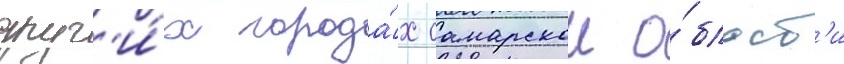
друг'и́х города́х самарскои о́бласт'и